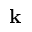
\mathbf { k }